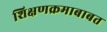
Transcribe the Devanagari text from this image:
शिक्षणक्रमाबाबत